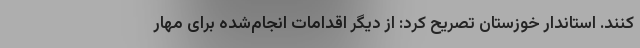
کنند. استاندار خوزستان تصریح کرد: از دیگر اقدامات انجام‌شده برای مهار